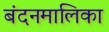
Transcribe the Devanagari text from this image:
बंदनमालिका